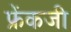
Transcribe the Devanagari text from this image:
फ्रेंकजी